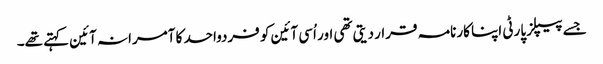
جسے پیپلز پارٹی اپنا کارنامہ قرار دیتی تھی اور اُسی آئین کو فردواحد کا آمرانہ آئین کہتے تھے۔